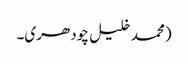
(محمد خلیل چودھری۔